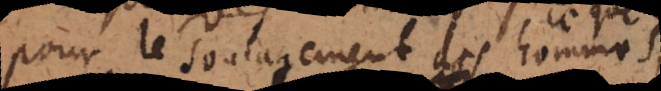
pour le soulagement des hommes,